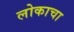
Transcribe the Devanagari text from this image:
लोकाचा